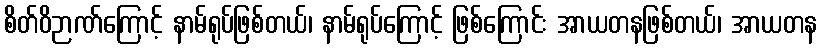
စိတ်ဝိဉာဏ်ကြောင့် နာမ်ရုပ်ဖြစ်တယ်၊ နာမ်ရုပ်ကြောင့် ဖြစ်ကြောင်း အာယတနဖြစ်တယ်၊ အာယတန